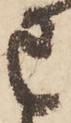
已